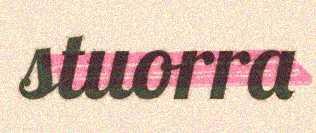
stuorra